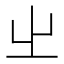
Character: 𡳿